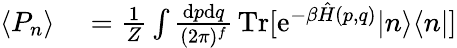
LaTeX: \begin{array}{rl}{\langle P_{n}\rangle}&{{}=\frac{1}{Z}\int\frac{\mathrm{d}p\mathrm{d}q}{(2\pi)^{f}}\, \mathrm{Tr}[\mathrm{e}^{-\beta\hat{H}(p,q)}|n\rangle\langle n|]}\end{array}